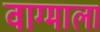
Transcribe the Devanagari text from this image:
वाग्माला